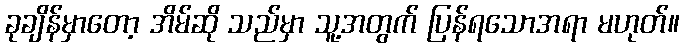
ခုချိန်မှာတော့ အိမ်ဆို သည်မှာ သူ့အတွက် ပြန်ရသောအရာ မဟုတ်။